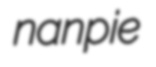
nanpie